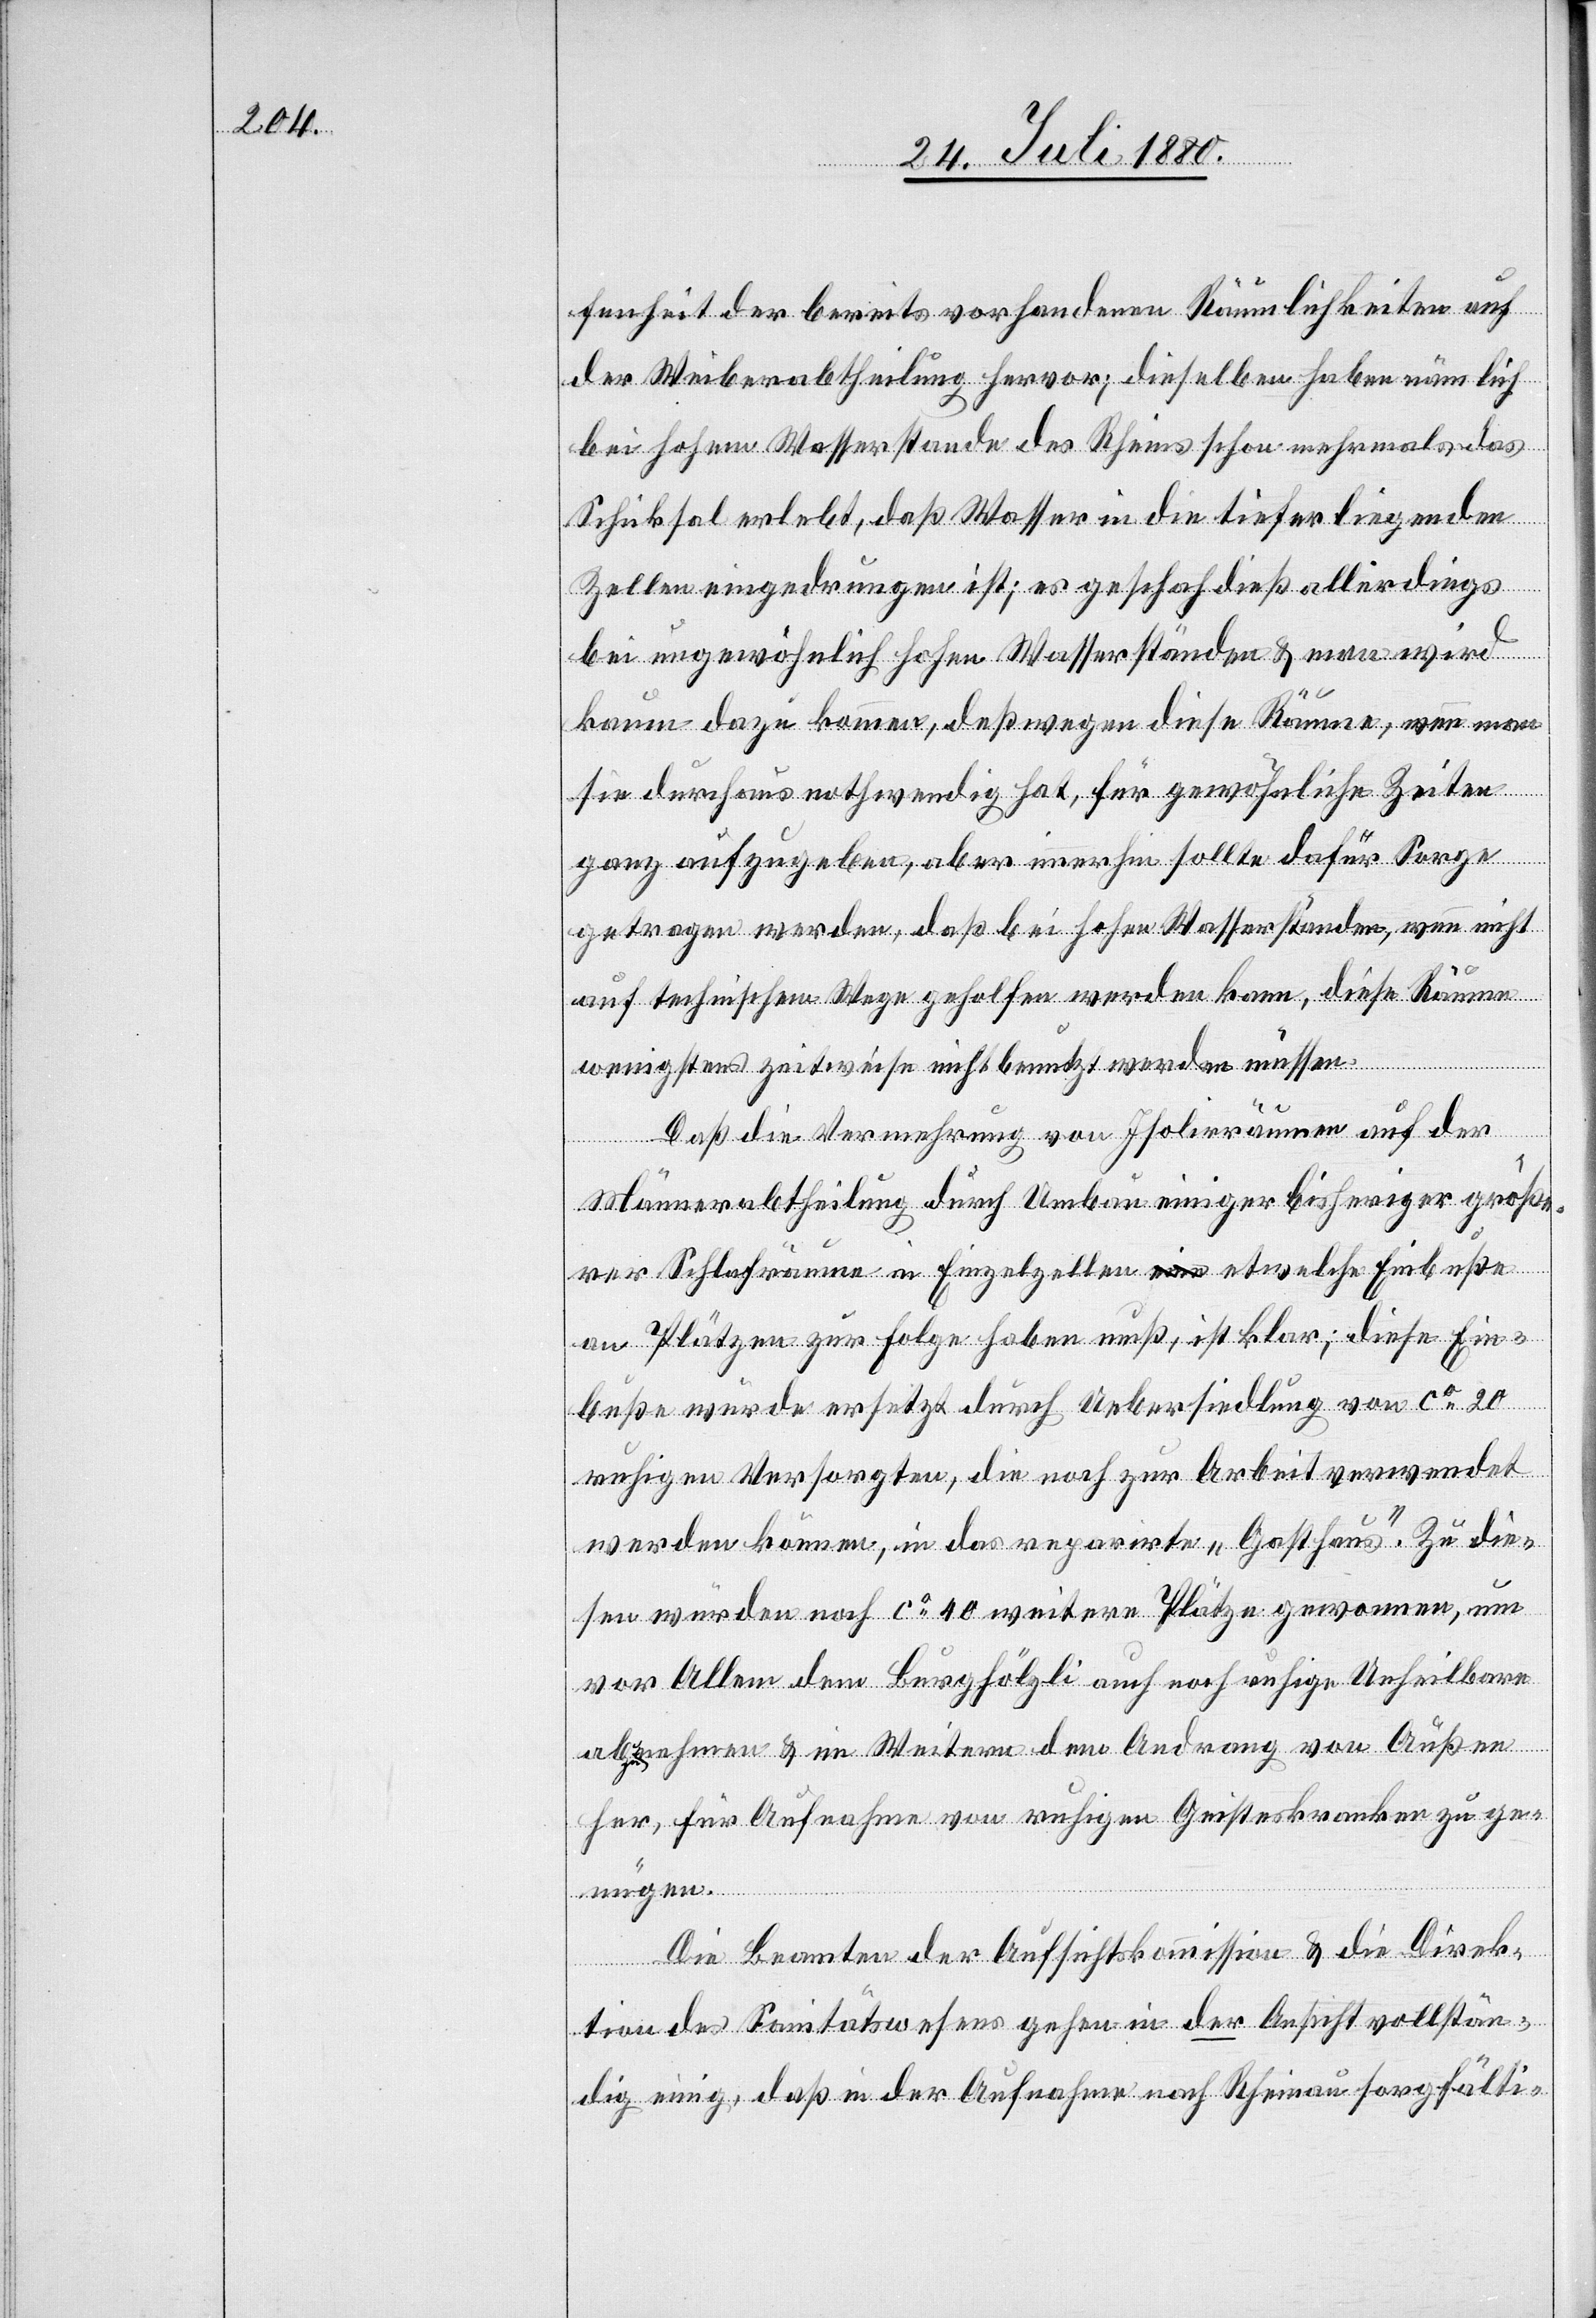
fenheit der bereits vorhandenen Räumlichkeiten auf
der Weiberabtheilung hervor; dieselben haben nämlich
bei hohem Wasserstande des Rheins schon mehrmals das
Schicksal erlebt, daß Wasser in die tieferliegenden
Zellen eingedrungen ist; es geschah dieß allerdings
bei ungewöhnlich hohen Wasserständen & man wird
kaum dazu kommen, deßwegen diese Räume, wenn man
sie durchaus nothwendig hat, für gewöhnliche Zeiten
ganz aufzugeben, aber immerhin sollte dafür Sorge
getragen werden, daß bei hohen Wasserständen, wenn nicht
auf technischem Wege geholfen werden kann, diese Räume
wenigstens zeitweise nicht benutzt werden müssen.
Daß die Vermehrung von Isolirräumen auf der
Männerabtheilung durch Umbau einiger bisheriger größe¬
rer Schlafräume in Einzelzellen etwelche Einbuße
an Plätzen zur Folge haben muß, ist klar; diese Ein¬
buße würde ersetzt durch Uebersiedlung von ca 20
ruhigen Versorgten, die noch zur Arbeit verwendet
werden können, in das reparirte „Gasthaus“. Zu die¬
sen würden noch ca 40 weitere Plätze gewonnen, um
vor Allem dem Burghölzli auch noch ruhige Unheilbare
abzunehmen & im Weitern dem Andrang von Außen
her, für Aufnahme von ruhigen Geisteskranken zu ge¬
nügen.
Die Beamten der Aufsichtskommission & die Direk¬
tion des Sanitätswesens gehen in der Ansicht vollstän¬
dig einig, daß in der Aufnahme nach Rheinau sorgfälti-